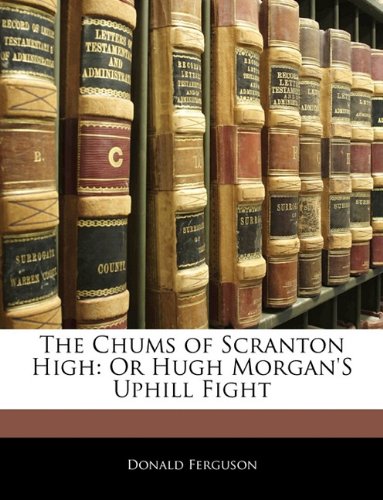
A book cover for The Chums of Scranton High: Or Hugh Morgan'S Uphill Fight; Donald Ferguson; Crafts, Hobbies & Home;